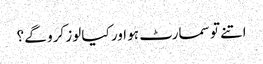
اتنے تو سمارٹ ہو اور کیا لوز کرو گے ؟